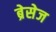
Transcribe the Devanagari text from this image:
ब्रेसेज